Medical and sanitary report of the native army of Madras for the year
Year: 1878
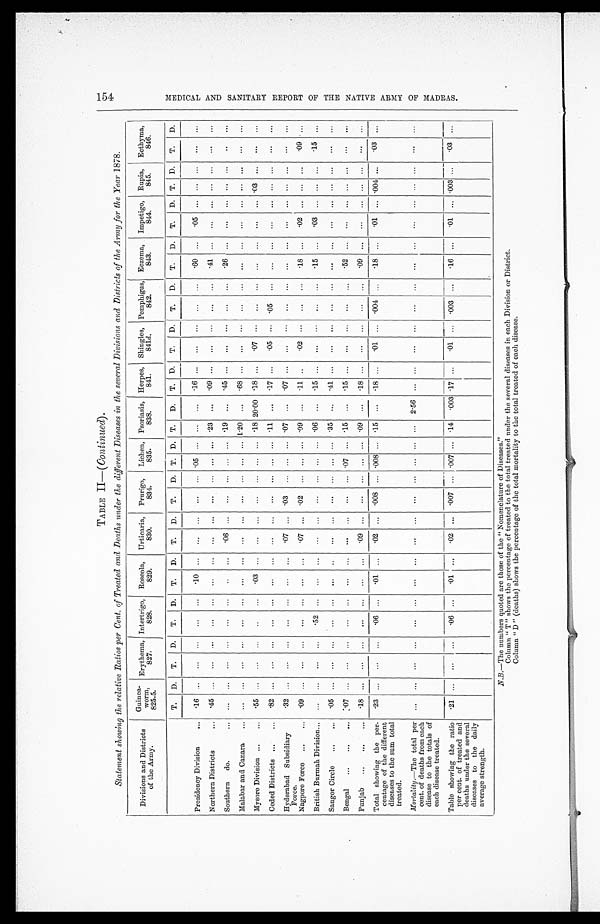
TABLE II— ( Continued).
Statement showing the relative Ratios per Cent. of Treated and Deaths under the different Diseases in the several Divisions and Districts of the Army for the Year 1878.
Divisions and Districts
of the Army.
Guinea -worm,
8 2 5 . 5 .
Erythema,
827.
Intertrigo,
828.
Roseola,
829.
Urticaria,
830.
Prurigo,
834.
Lichen,
835.
Psoriasis,
838.
Herpes,
841.
Shingles,
841 d .
Pemphigus,
842.
Eczema,
843.
Impetigo,
844.
Rupia,
845.
Ecthyma,
846.
T.
D.
T.
D.
T.
D.
T.
D.
T.
D.
T.
D.
T.
D.
T.
D.
T.
D.
T.
D.
T.
D.
T.
D.
T.
D.
T.
D.
T.
D.
Presidency Division . . .
. 16
. . .
. . .
. . .
. . .
. . .
. 1 0
. . .
. . .
. . .
. . .
. . . .05
. . .
. . . . . .
. 1 6
. . .
. . .
. . .
. . .
. . .
.60
. . .
. 0 5
. . .
. . . . . .
. . .
. . .
Northern Districts . . .
.45
. . .
. . .
. . .
. . .
. . .
. . .
. . .
. . .
. . .
. . .
. . . . . .
. . .
. 2 3 . . .
. 0 9
. . .
. . .
. . . . . .
. . .
. 4 1
. . .
. . .
. . .
. . . . . .
. . .
. . .
Southern do. . . .
. . .
. . .
. . .
. . .
. . .
. . .
. . .
. . .
.06
. . .
. . .
. . . . . .
. . .
. 1 9 . . .
. 4 5
. . .
. . .
. . .
. . .
. . .
. 2 6
. . .
. . .
. . .
. . . . . .
. . .
. . .
Malabar and Canara . . .
. . .
. . .
. . .
. . .
. . .
. . .
. . .
. . .
. . .
. . .
. . .
. . . . . .
. . . 1.20
. . .
.68
. . .
. . .
. . .
. . .
. . .
. . .
. . .
. . .
. . .
. . .
. . .
. . .
. . .
Mysore Division . . .
. 5 5
. . .
. . .
. . .
. . .
. . .
. 0 3
. . .
. . .
. . .
. . .
. . . . . .
. . .
.18 20.00 .18
. . .
. 07
. . .
. . .
. . .
. . .
. . .
. . .
. . .
.03
. . .
. . .
. . .
Ceded Districts . . .
. 8 2
. . .
. . .
. . .
. . .
. . .
. . .
. . .
. . .
. . .
. . .
. . . . . .
. . .
.11
. . .
.17
. . .
. 05
. . .
.05
. . .
. . .
. . .
. . .
. . .
. . .
. . .
. . .
. . .
Hyderabad Subsidiary
Force.
Nagpore Force . . .
.32
. . .
. . .
. . .
. . .
. . .
. . .
. . .
.07
. . .
.03
. . . . . .
. . .
. 0 7 . . .
. 0 7
. . .
. . .
. . .
. . .
. . .
. . .
. . .
. . .
. . .
. . .
. . .
. . .
. . .
.09
. . .
. . .
. . .
. . .
. . .
. . .
. . .
. 0 7
. . .
.02
. . . . . .
. . .
.09
. . .
.11
. . .
. 02
. . .
. . .
. . .
. 1 8
. . .
. 02
. . .
. . .
. . .
. 0 9
. . .
British Burmah Division . . .
. . .
. . .
. . .
. . .
. 5 2
. . .
. . .
. . .
. . .
. . .
. . .
. . . . . .
. . .
. 0 6 . . .
. 1 5
. . .
. . .
. . .
. . .
. . .
.15
. . .
. 03
. . .
. . .
. . .
. 1 5
. . .
Saugor Circle . . .
.05
. . .
. . .
. . .
. . .
. . .
. . .
. . .
. . .
. . .
. . .
. . . . . .
. . .
. 3 5 . . .
. 4 1
. . .
. . .
. . . . . .
. . .
. . .. . .
. . .
. . .
. . . . . .
. . .
. . .
Bengal . . .
.07
. . .
. . .
. . .
. . .
. . .
. . .
. . .
. . .
. . .
. . .
. . . .07
. . .
. 1 5 . . .
. 1 5
. . .
. . .
. . . . . .
. . .
. 5 2
. . .
. . .
. . .
. . .
. . .
. . .
. . .
Punjab . . .
. 18
. . .
. . .
. . .
. . .
. . .
. . .
. . .
. 09
. . .
. . .
. . . . . .
. . .
. 0 9 . . .
. 1 8
. . .
. . .
. . . . . .
. . .
. 0 9
. . .
. . .
. . .
. . .
. . .
. . .
. . .
Total showing the per-
centage of the different
diseases to the sum total
treated.
. 2 3
. . .
. . .
. . .
. 0 6
. . .
. 0 1
. . .
. 0 2
. . .
.008
. . . .008
. . .
.15
. . .
.18
. . .
. 0 1
. . .
.004
. . .
.18
. . .
. 0 1 . . . .004
. . .
. 0 3
. . .
Mortality.—The total percent. of deaths from each
disease to the totals of
each disease treated.
. . .
. . .
. . .
. . .
. . .
. . .
. . .
. . .
. . .
. . .
. . .
. . . . . .
. . .
. . . 2.56
. . .
. . .
. . .
. . .
. . .
. . .
. . .. . .
. . .
. . .
. . .
. . .
. . .
. . .
Table showing the ratio
per. cent. of treated and
deaths under the several
diseases to the daily
average strength.
. 2 1
. . .
. . .
. . .
. 0 6
. . .
. 0 1
. . .
. 02
. . .
.007
. . . .007
. . .
.14
.003 .17
. . .
. 01
. . .
.003
. . .
. 1 6
. . .
. 0 1
. . . .003
. . .
.03
. . .
N.B .—The numbers quoted are those of the "Nomenclature of Diseases."
Column "T" shows the percentage of treated to the total treated under the several diseases in each Division or District.
Column "D" (deaths) shows the percentage of the total mortality to the total treated of each disease.
154
M E D I C A L A N D S A N I T A R Y R E P O R T O F T H E N A T I V E A R M Y O F M A D R A S .